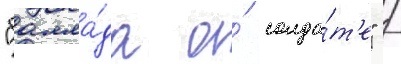
"балла́да о́ солда́т'е" /